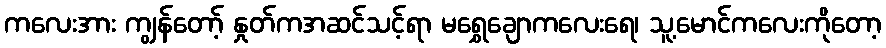
ကလေးအား ကျွန်တော့် နှုတ်ကအဆင်သင့်ရာ မရွှေချောကလေးရေ၊ သူ့မောင်ကလေးကိုတော့